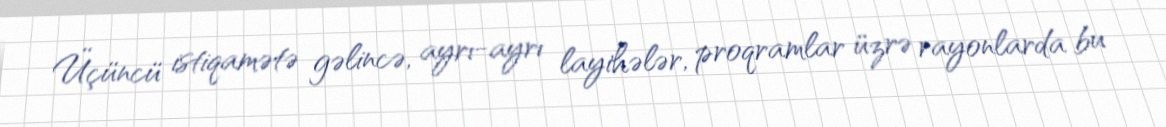
Üçüncü istiqamətə gəlincə, ayrı-ayrı layihələr, proqramlar üzrə rayonlarda bu